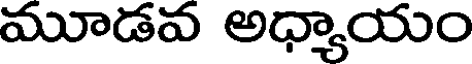
మూడవ అధ్యాయం